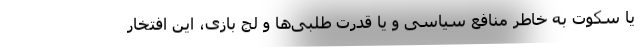
یا سکوت به خاطر منافع سیاسی و یا قدرت طلبی‌ها و لج بازی، این افتخار